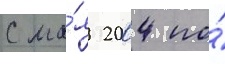
С ма́я 2004 по́